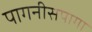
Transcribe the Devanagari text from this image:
पागनीसपागा